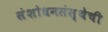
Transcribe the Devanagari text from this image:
संशोधनसंस्थेची